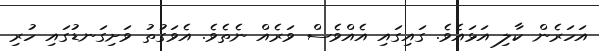
އަހަރެން ކާލި އަޅައެވެ. ގައިގައި އެއްވެސް ވަރެއް ނެތެވެ. އެވަގުތު ވަށިގަނޑުގައި ހުރި